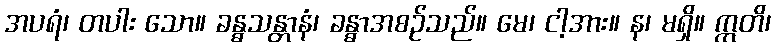
အပရံ၊ တပါး သော။ ခန္ဓသန္တာနံ၊ ခန္ဓာအစဉ်သည်။ မေ၊ ငါ့အား။ န၊ မရှိ။ ဣတိ၊